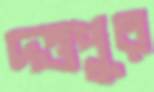
দত্তপুর